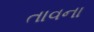
તાવના